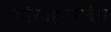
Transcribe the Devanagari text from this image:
परिवहनसंबंध